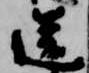
送